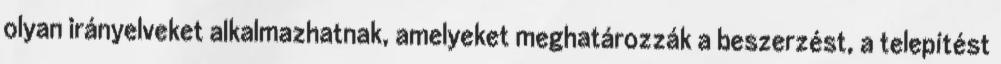
olyan irányelveket alkalmazhatnak, amelyeket meghatározzák a beszerzést, a telepítést